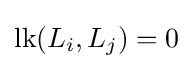
{\rm {lk}}(L_{i},L_{j})=0